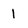
Character: l